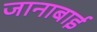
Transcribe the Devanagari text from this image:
जानाबाई